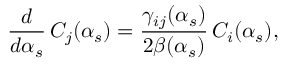
\frac { d } { d \alpha _ { s } } \, C _ { j } ( \alpha _ { s } ) = \frac { \gamma _ { i j } ( \alpha _ { s } ) } { 2 \beta ( \alpha _ { s } ) } \, C _ { i } ( \alpha _ { s } ) ,